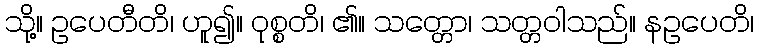
သို့။ ဥပေတီတိ၊ ဟူ၍။ ဝုစ္စတိ၊ ၏။ သတ္တော၊ သတ္တဝါသည်။ နဥပေတိ၊